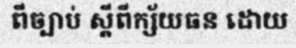
ពីច្បាប់ ស្តីពីក្ស័យធន ដោយ